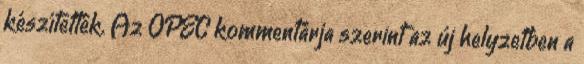
készítették. Az OPEC kommentárja szerint az új helyzetben a